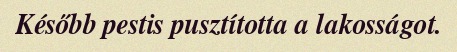
Később pestis pusztította a lakosságot.